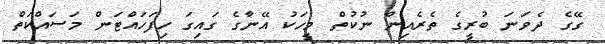
ގޭގެ ދެވަނަ ބުރީގެ ތެރެއިން ނުކުތް މީހަކު އޭނާގެ ގައިގަ ހިފަހައްޓަން މަސައްކަތް